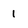
Character: 1